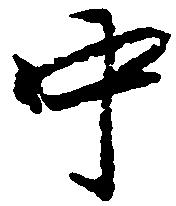
中